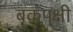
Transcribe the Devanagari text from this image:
बकपक्षी